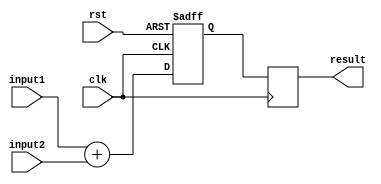
module fixed_point_adder(
    input signed [7:0] input1,
    input signed [7:0] input2,
    input wire clk,
    input wire rst,
    output reg signed [7:0] result
);

reg signed [7:0] sum;

always @(posedge clk or posedge rst) begin
    if(rst) begin
        sum <= 8'b0;
    end else begin
        sum <= input1 + input2;
    end
end

always @(posedge clk) begin
    result <= sum;
end

endmodule